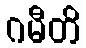
ဂမီတိ